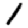
Digit: 1